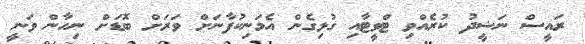
ރައީސް ނަޝީދު ކުރެއްވި ޓްވީޓާއި ގުޅިގެން އެމަނިކުފާނަށް ވަރަށް ބޮޑަށް ނިހާން ވަނީ